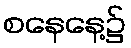
စနေနေ့၌